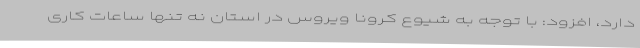
دارد، افزود: با توجه به شیوع کرونا ویروس در استان نه تنها ساعات کاری